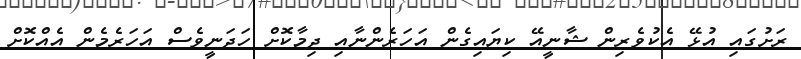
ރަށުގައި އުޅޭ އެކުވެރިން ޝާނީއޭ ކިޔައިގެން އަހަރެންނާއި ދިމާކޮށް ހަދަނީވެސް އަހަރެމެން އެއްކޮށް